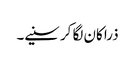
ذرا کان لگا کر سنیے۔